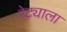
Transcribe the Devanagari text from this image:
रेट्याला